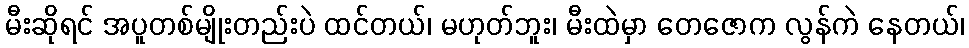
မီးဆိုရင် အပူတစ်မျိုးတည်းပဲ ထင်တယ်၊ မဟုတ်ဘူး၊ မီးထဲမှာ တေဇောက လွန်ကဲ နေတယ်၊